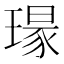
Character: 𮴯